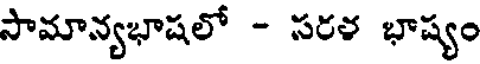
సామాన్యభాషలో - సరళ భాష్యం